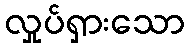
လှုပ်ရှားသော